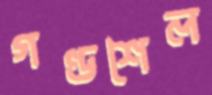
গণ্ডশৈল